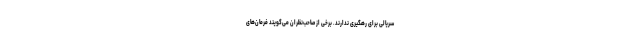
سریالی برای رهگیری ندارند. برخی از صاحب‌نظران می‌گویند فرمان‌های